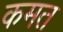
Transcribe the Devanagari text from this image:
कमत